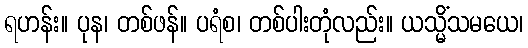
ရဟန်း။ ပုန၊ တစ်ဖန်။ ပရံစ၊ တစ်ပါးတုံလည်း။ ယသ္မိံသမယေ၊